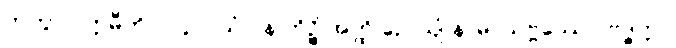
ကတွာ ပက္ကမီတိ။ ၁၄၁။ ယံ ပန ကိဉ္စိ အတ္ထိ ဉေယျံ နာမ, သဗ္ဗဿေဝ ဗုဒ္ဓတ္တာ